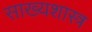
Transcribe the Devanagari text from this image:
साख्यशास्त्र